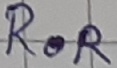
Text: ROR